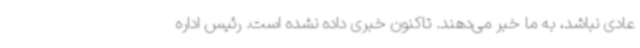
عادی نباشد، به ما خبر می‌دهند. تاکنون خبری داده نشده است. رئیس اداره